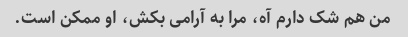
من هم شک دارم آه، مرا به آرامی بکش، او ممکن است.